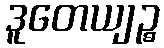
ဒူတေယျဉ္စ